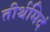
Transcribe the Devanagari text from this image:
तीर्थमिदं